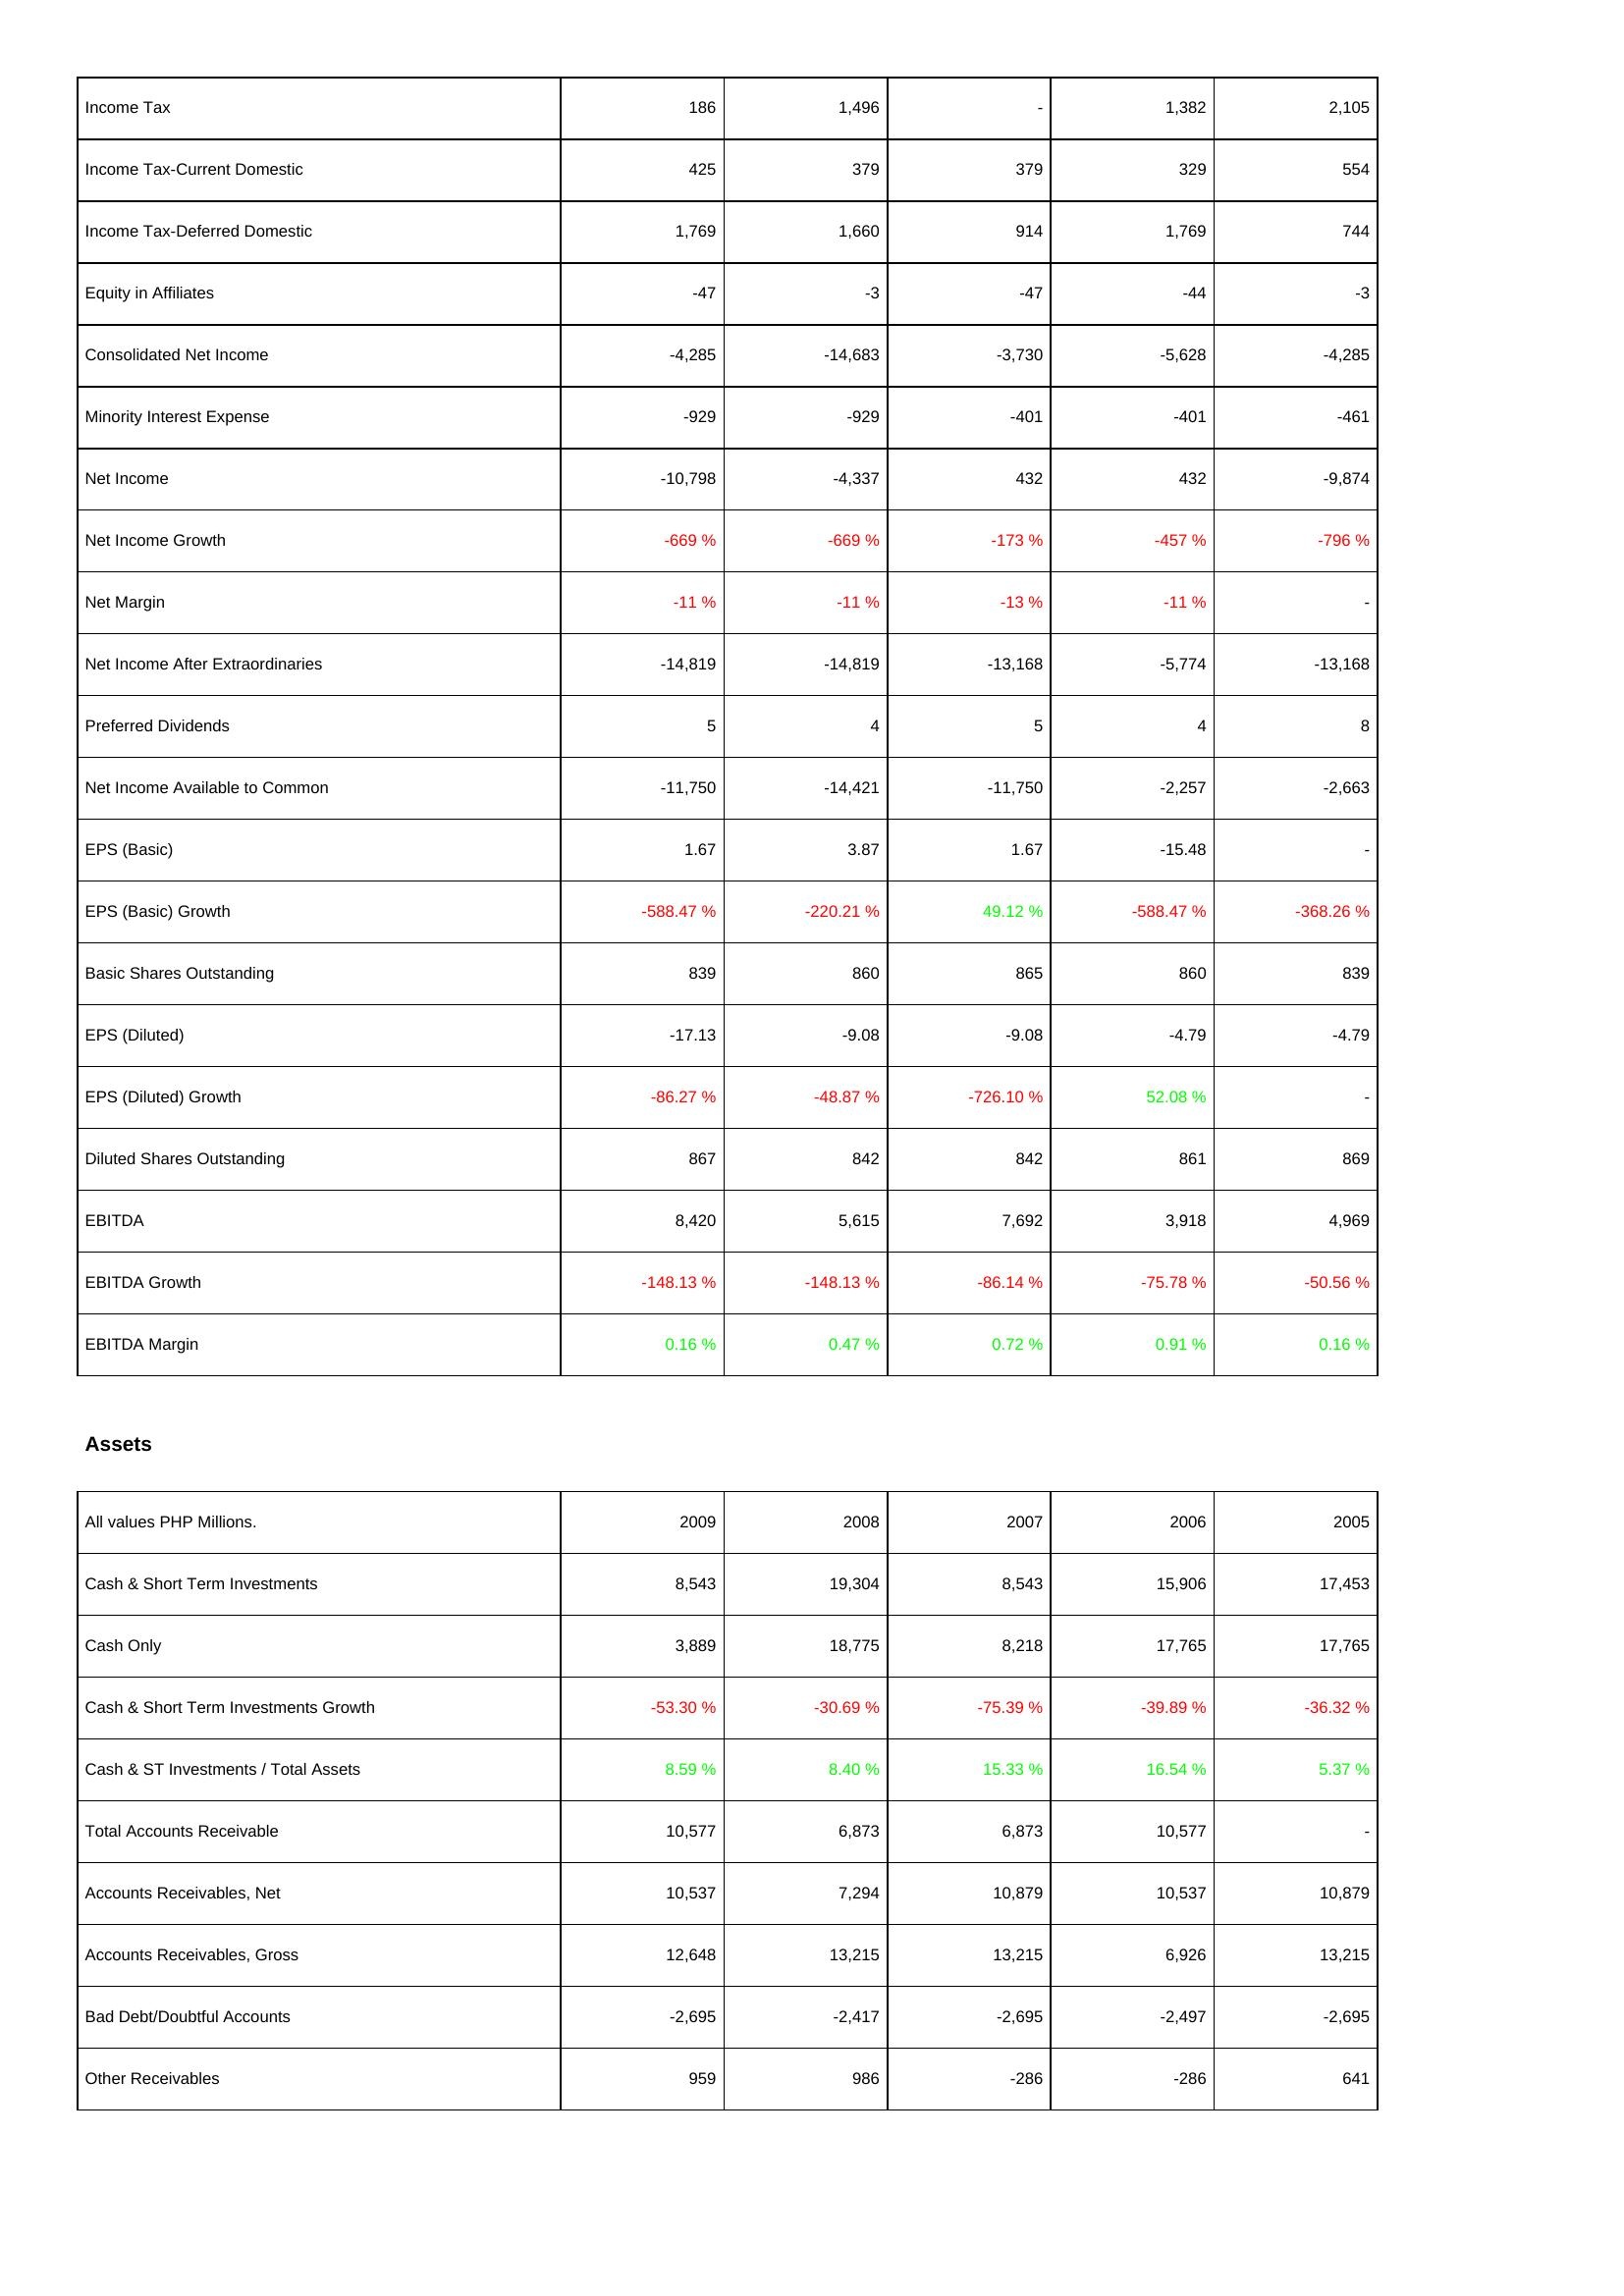
2009: Income Statement: Income Tax: 186
Income Tax-Current Domestic: 425
Income Tax-Deferred Domestic: 1,769
Equity in Affiliates: -47
Consolidated Net Income: -4,285
Minority Interest Expense: -929
Net Income: -10,798
Net Income Growth: -669 %
Net Margin: -11 %
Net Income After Extraordinaries: -14,819
Preferred Dividends: 5
Net Income Available to Common: -11,750
EPS (Basic): 1.67
EPS (Basic) Growth: -588.47 %
Basic Shares Outstanding: 839
EPS (Diluted): -17.13
EPS (Diluted) Growth: -86.27 %
Diluted Shares Outstanding: 867
EBITDA: 8,420
EBITDA Growth: -148.13 %
EBITDA Margin: 0.16 %
Assets: Cash & Short Term Investments: 8,543
Cash Only: 3,889
Cash & Short Term Investments Growth: -53.30 %
Cash & ST Investments / Total Assets: 8.59 %
Total Accounts Receivable: 10,577
Accounts Receivables, Net: 10,537
Accounts Receivables, Gross: 12,648
Bad Debt/Doubtful Accounts: -2,695
Other Receivables: 959
2008: Income Statement: Income Tax: 1,496
Income Tax-Current Domestic: 379
Income Tax-Deferred Domestic: 1,660
Equity in Affiliates: -3
Consolidated Net Income: -14,683
Minority Interest Expense: -929
Net Income: -4,337
Net Income Growth: -669 %
Net Margin: -11 %
Net Income After Extraordinaries: -14,819
Preferred Dividends: 4
Net Income Available to Common: -14,421
EPS (Basic): 3.87
EPS (Basic) Growth: -220.21 %
Basic Shares Outstanding: 860
EPS (Diluted): -9.08
EPS (Diluted) Growth: -48.87 %
Diluted Shares Outstanding: 842
EBITDA: 5,615
EBITDA Growth: -148.13 %
EBITDA Margin: 0.47 %
Assets: Cash & Short Term Investments: 19,304
Cash Only: 18,775
Cash & Short Term Investments Growth: -30.69 %
Cash & ST Investments / Total Assets: 8.40 %
Total Accounts Receivable: 6,873
Accounts Receivables, Net: 7,294
Accounts Receivables, Gross: 13,215
Bad Debt/Doubtful Accounts: -2,417
Other Receivables: 986
2007: Income Statement: Income Tax: -
Income Tax-Current Domestic: 379
Income Tax-Deferred Domestic: 914
Equity in Affiliates: -47
Consolidated Net Income: -3,730
Minority Interest Expense: -401
Net Income: 432
Net Income Growth: -173 %
Net Margin: -13 %
Net Income After Extraordinaries: -13,168
Preferred Dividends: 5
Net Income Available to Common: -11,750
EPS (Basic): 1.67
EPS (Basic) Growth: 49.12 %
Basic Shares Outstanding: 865
EPS (Diluted): -9.08
EPS (Diluted) Growth: -726.10 %
Diluted Shares Outstanding: 842
EBITDA: 7,692
EBITDA Growth: -86.14 %
EBITDA Margin: 0.72 %
Assets: Cash & Short Term Investments: 8,543
Cash Only: 8,218
Cash & Short Term Investments Growth: -75.39 %
Cash & ST Investments / Total Assets: 15.33 %
Total Accounts Receivable: 6,873
Accounts Receivables, Net: 10,879
Accounts Receivables, Gross: 13,215
Bad Debt/Doubtful Accounts: -2,695
Other Receivables: -286
2006: Income Statement: Income Tax: 1,382
Income Tax-Current Domestic: 329
Income Tax-Deferred Domestic: 1,769
Equity in Affiliates: -44
Consolidated Net Income: -5,628
Minority Interest Expense: -401
Net Income: 432
Net Income Growth: -457 %
Net Margin: -11 %
Net Income After Extraordinaries: -5,774
Preferred Dividends: 4
Net Income Available to Common: -2,257
EPS (Basic): -15.48
EPS (Basic) Growth: -588.47 %
Basic Shares Outstanding: 860
EPS (Diluted): -4.79
EPS (Diluted) Growth: 52.08 %
Diluted Shares Outstanding: 861
EBITDA: 3,918
EBITDA Growth: -75.78 %
EBITDA Margin: 0.91 %
Assets: Cash & Short Term Investments: 15,906
Cash Only: 17,765
Cash & Short Term Investments Growth: -39.89 %
Cash & ST Investments / Total Assets: 16.54 %
Total Accounts Receivable: 10,577
Accounts Receivables, Net: 10,537
Accounts Receivables, Gross: 6,926
Bad Debt/Doubtful Accounts: -2,497
Other Receivables: -286
2005: Income Statement: Income Tax: 2,105
Income Tax-Current Domestic: 554
Income Tax-Deferred Domestic: 744
Equity in Affiliates: -3
Consolidated Net Income: -4,285
Minority Interest Expense: -461
Net Income: -9,874
Net Income Growth: -796 %
Net Margin: -
Net Income After Extraordinaries: -13,168
Preferred Dividends: 8
Net Income Available to Common: -2,663
EPS (Basic): -
EPS (Basic) Growth: -368.26 %
Basic Shares Outstanding: 839
EPS (Diluted): -4.79
EPS (Diluted) Growth: -
Diluted Shares Outstanding: 869
EBITDA: 4,969
EBITDA Growth: -50.56 %
EBITDA Margin: 0.16 %
Assets: Cash & Short Term Investments: 17,453
Cash Only: 17,765
Cash & Short Term Investments Growth: -36.32 %
Cash & ST Investments / Total Assets: 5.37 %
Total Accounts Receivable: -
Accounts Receivables, Net: 10,879
Accounts Receivables, Gross: 13,215
Bad Debt/Doubtful Accounts: -2,695
Other Receivables: 641